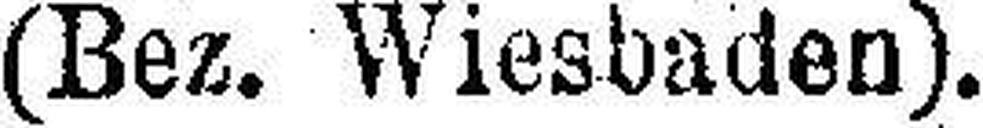
(Bez. Wiesbaden).